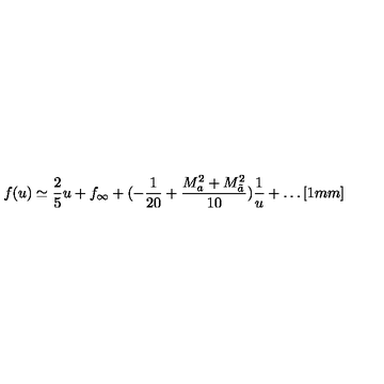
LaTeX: f ( u ) \simeq \frac { 2 } { 5 } u + f _ { \infty } + ( - \frac { 1 } { 2 0 } + \frac { M _ { a } ^ { 2 } + M _ { \tilde { a } } ^ { 2 } } { 1 0 } ) \frac { 1 } { u } + \ldots [ 1 m m ]